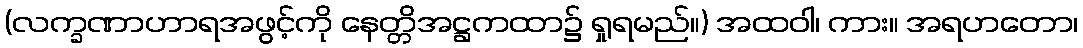
(လက္ခဏာဟာရအဖွင့်ကို နေတ္တိအဋ္ဌကထာ၌ ရှုရမည်။) အထဝါ၊ ကား။ အရဟတော၊